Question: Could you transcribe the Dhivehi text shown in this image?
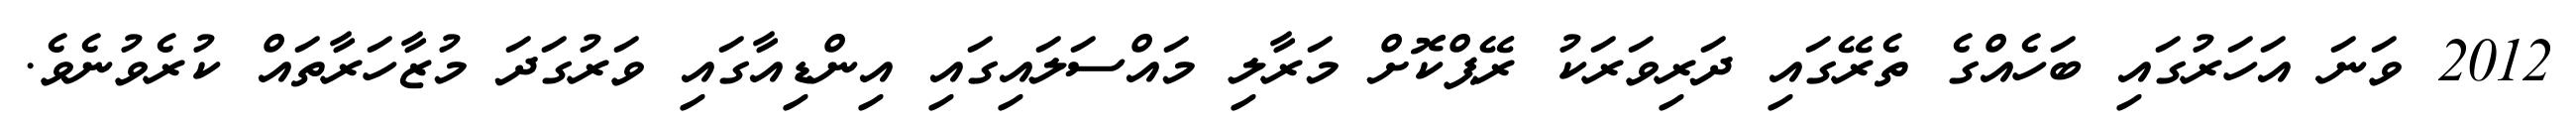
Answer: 2012 ވަނަ އަހަރުގައި ބަހެއްގެ ތެރޭގައި ދަރިވަރަކު ރޭޕްކޮށް މަރާލި މައްސަލައިގައި އިންޑިއާގައި ވަރުގަދަ މުޒާހަރާތައް ކުރެވުނެވެ.